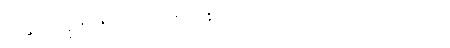
မင်းမြတ်။ ကမ္မာဓိဂ္ဂဟိတဿ၊ အကုသိုလ်ကံနှိပ်စက်သော။ အာယသ္မတော၊ သက်တော်ရှည်သော။